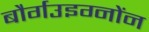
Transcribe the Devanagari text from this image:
बौर्गउइग्नोंन